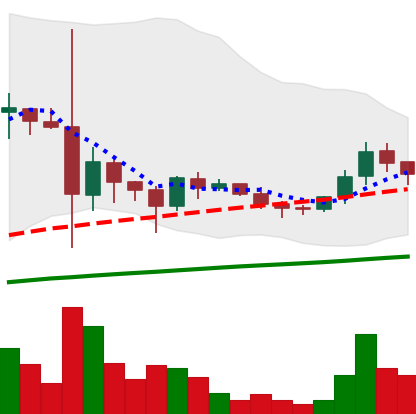
Ticker: DOGE-USD
Chart end date: 2021-06-04
Forward return: -8.767%
Label: down_7plus